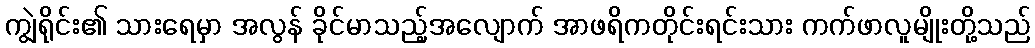
ကျွဲရိုင်း၏ သားရေမှာ အလွန် ခိုင်မာသည့်အလျောက် အာဖရိကတိုင်းရင်းသား ကက်ဖာလူမျိုးတို့သည်